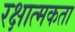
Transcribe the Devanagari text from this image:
रक्षात्मकता